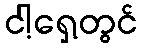
ငါ့ရှေ့တွင်